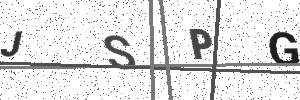
Text: JSPG